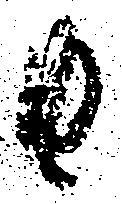
由